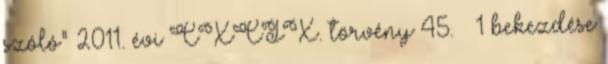
szóló" 2011. évi CXCIX. törvény 45. § 1 bekezdése